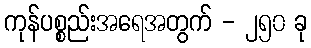
ကုန်ပစ္စည်းအရေအတွက် - ၂၅၀ ခု